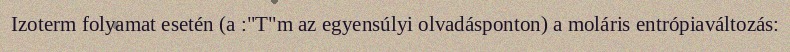
Izoterm folyamat esetén (a :"T"m az egyensúlyi olvadásponton) a moláris entrópiaváltozás: